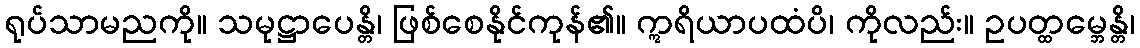
ရုပ်သာမညကို။ သမုဋ္ဌာပေန္တိ၊ ဖြစ်စေနိုင်ကုန်၏။ ဣရိယာပထံပိ၊ ကိုလည်း။ ဥပတ္ထမ္ဘေန္တိ၊